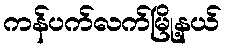
ကန်ပက်လက်မြို့နယ်